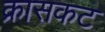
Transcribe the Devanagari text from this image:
क्रासकट